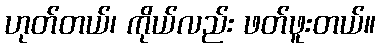
ဟုတ်တယ်၊ ကိုယ်လည်း ဖတ်ဖူးတယ်။